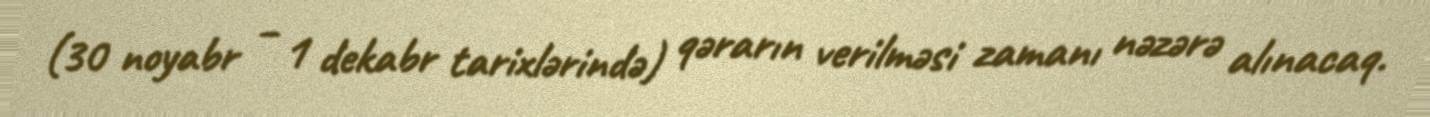
(30 noyabr – 1 dekabr tarixlərində) qərarın verilməsi zamanı nəzərə alınacaq.